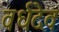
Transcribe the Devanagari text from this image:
वर्धदेव